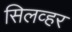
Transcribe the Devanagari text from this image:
सिलव्हर